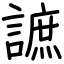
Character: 謶